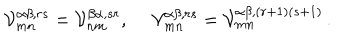
LaTeX: { \cal V } _ { m n } ^ { \alpha \beta , r s } = { \cal V } _ { n m } ^ { \beta \alpha , s r } , ~ ~ { \cal V } _ { m n } ^ { \alpha \beta , r s } = { \cal V } _ { m n } ^ { \alpha \beta , ( r + 1 ) ( s + 1 ) } \, .